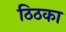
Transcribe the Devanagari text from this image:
ठिठका